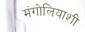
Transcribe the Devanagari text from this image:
मंगोलियाशी